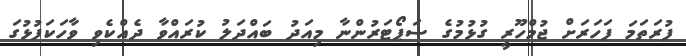
ފުރަތަމަ ފަހަރަށް ޖުމްހޫރީ ގުޅުމުގެ ސަޕޯޓަރުންނާ މިއަދު ބައްދަލު ކުރައްވާ ދެއްކެވި ވާހަކަފުޅުގަ